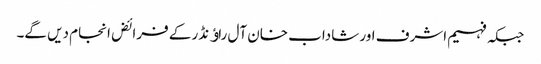
جبکہ فہیم اشرف اور شاداب خان آل راﺅنڈر کے فرائض انجام دیں گے۔